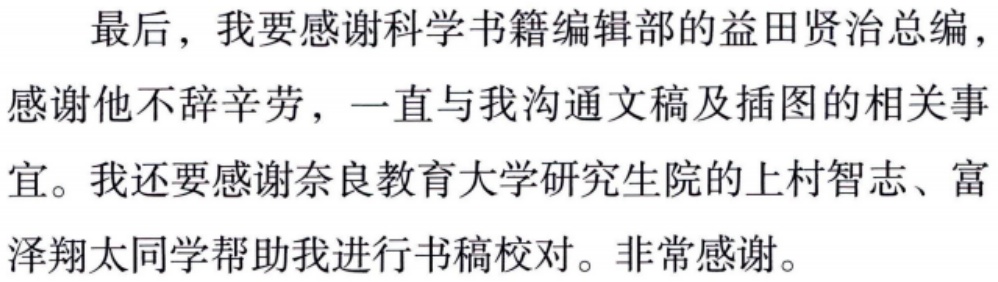
最后，我要感谢科学书籍编辑部的益田贤治总编，

感谢他不辞辛劳，一直与我沟通文稿及插图的相关事

宜。我还要感谢奈良教育大学研究生院的上村智志、富

泽翔太同学帮助我进行书稿校对。非常感谢。